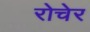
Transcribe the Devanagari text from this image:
रोचेर